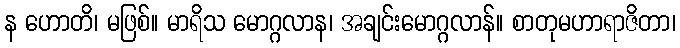
န ဟောတိ၊ မဖြစ်။ မာရိသ မောဂ္ဂလာန၊ အချင်းမောဂ္ဂလာန်။ စာတုမဟာရာဇိတာ၊